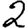
Digit: 2